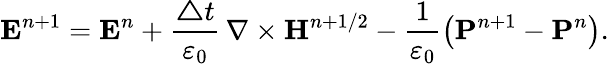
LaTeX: \boldsymbol{\mathbf{E}}^{n+1}=\boldsymbol{\mathbf{E}}^{n}+\frac{\boldsymbol{\triangle}t}{\varepsilon_{0}}\, \nabla\times\boldsymbol{\mathbf{H}}^{n+1/2}-\frac{1}{\varepsilon_{0}}\left(\boldsymbol{\mathbf{P}}^{n+1}-\boldsymbol{\mathbf{P}}^{n}\right).